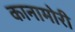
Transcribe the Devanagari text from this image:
कानामोरी